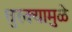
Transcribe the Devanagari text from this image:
धुरक्यामुळे